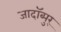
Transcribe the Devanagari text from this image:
जादॉब्पुर्